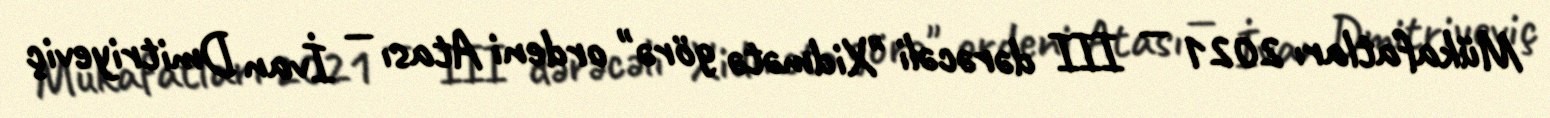
Mükafatları 2021 — III dərəcəli "Xidmətə görə" ordeni Atası — İvan Dmitriyeviç